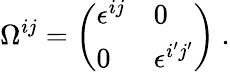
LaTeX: \Omega^{ij}=\left(\begin{array}{ll}{{\epsilon^{ij}}}&{{0}}\\ {{0}}&{{\epsilon^{i^{\prime}j^{\prime}}}}\end{array}\right)\ .